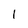
Character: 1